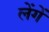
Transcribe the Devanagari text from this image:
लेंगें